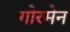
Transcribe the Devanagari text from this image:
गोरमेन